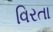
વિરતા